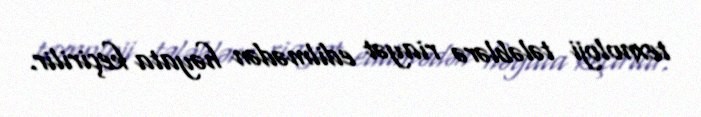
texnoloji tələblərə riayət edilmədən həyata keçirilir.